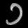
Digit: ၁